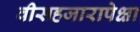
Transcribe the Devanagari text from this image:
वीसहजारापेक्षा